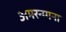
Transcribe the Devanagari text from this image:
अमरन्ग्गना